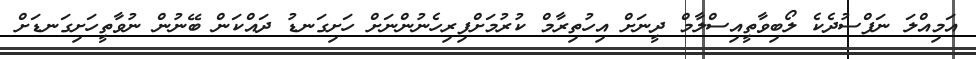
އަމިއްލަ ނަފްސުދެކެ ލޯބިވާތީއިސްލާމް ދީނަށް އިހުތިރާމް ކުރުމަށްފިރިހެނުންނަށް ހަށިގަނޑު ދައްކަން ބޭނުން ނުވާތީހަށިގަނޑަށް